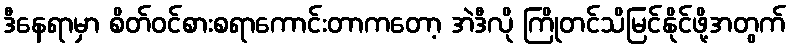
ဒီနေရာမှာ စိတ်ဝင်စားစရာကောင်းတာကတော့ အဲဒီလို ကြိုတင်သိမြင်နိုင်ဖို့အတွက်